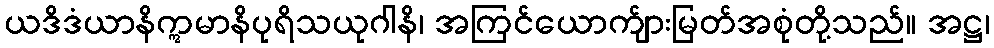
ယဒိဒံယာနိဣမာနိပုရိသယုဂါနိ၊ အကြင်ယောက်ျားမြတ်အစုံတို့သည်။ အဋ္ဌ၊